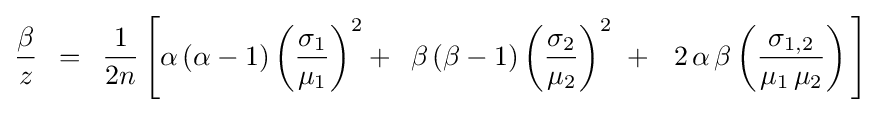
{\frac {\beta }{z}}\,\,\,=\,\,\,{\frac {1}{2n}}\left[{\alpha \left({\alpha -1}\right)\left({\frac {\sigma _{1}}{\mu _{1}}}\right)^{2}+\,\,\,\beta \left({\beta -1}\right)\left({\frac {\sigma _{2}}{\mu _{2}}}\right)^{2}\,\,+\,\,\,\,2\,\alpha \,\beta \left({\frac {\sigma _{1,2}}{\mu _{1}\,\mu _{2}}}\right)\,}\right]